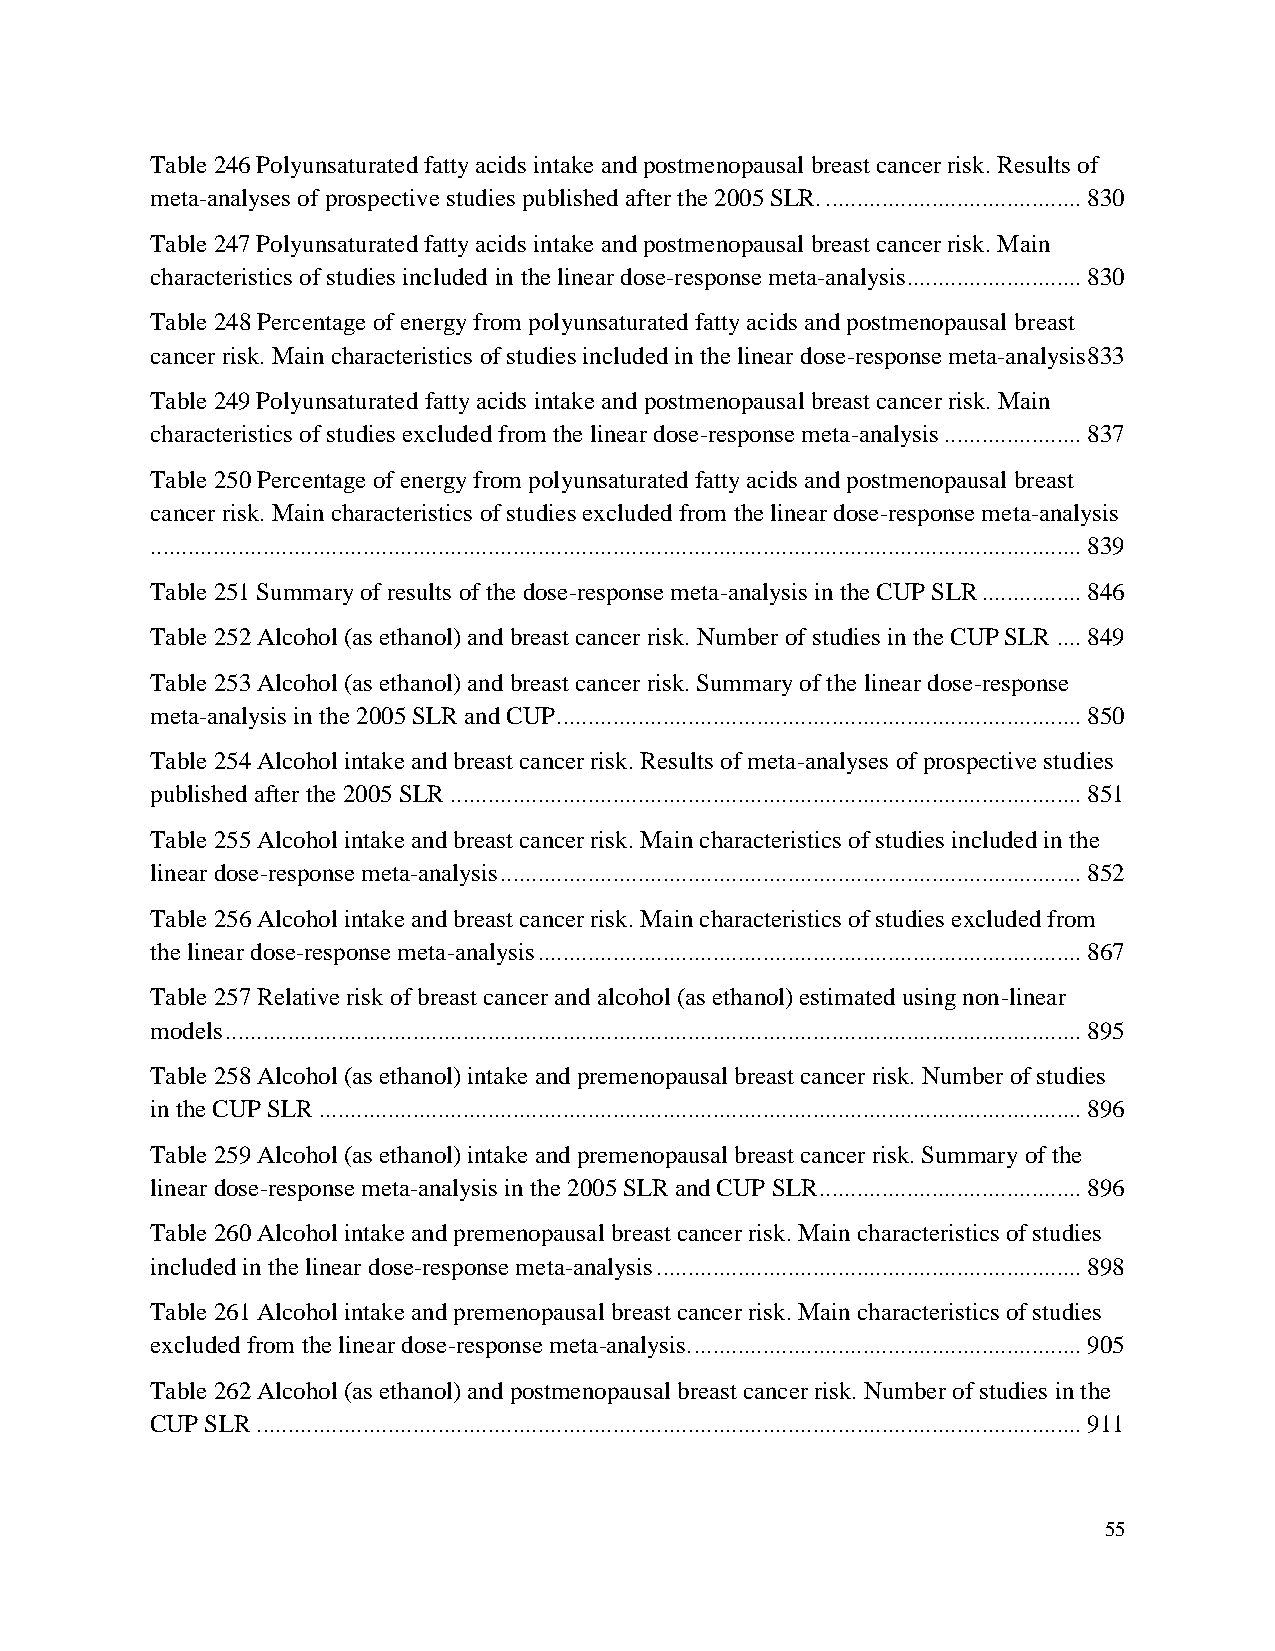
Table 246 Polyunsaturated fatty acids intake and postmenopausal breast cancer risk. Results of
 meta-analyses of prospective studies published after the 2005 SLR. ......................................... 830
 Table 247 Polyunsaturated fatty acids intake and postmenopausal breast cancer risk. Main
 characteristics of studies included in the linear dose-response meta-analysis ............................ 830
 Table 248 Percentage of energy from polyunsaturated fatty acids and postmenopausal breast
 cancer risk. Main characteristics of studies included in the linear dose-response meta-analysis 833
 Table 249 Polyunsaturated fatty acids intake and postmenopausal breast cancer risk. Main
 characteristics of studies excluded from the linear dose-response meta-analysis ...................... 837
 Table 250 Percentage of energy from polyunsaturated fatty acids and postmenopausal breast
 cancer risk. Main characteristics of studies excluded from the linear dose-response meta-analysis
 ..................................................................................................................................................... 839
 Table 251 Summary of results of the dose-response meta-analysis in the CUP SLR ................ 846
 Table 252 Alcohol (as ethanol) and breast cancer risk. Number of studies in the CUP SLR .... 849
 Table 253 Alcohol (as ethanol) and breast cancer risk. Summary of the linear dose-response
 meta-analysis in the 2005 SLR and CUP .................................................................................... 850
 Table 254 Alcohol intake and breast cancer risk. Results of meta-analyses of prospective studies
 published after the 2005 SLR ..................................................................................................... 851
 Table 255 Alcohol intake and breast cancer risk. Main characteristics of studies included in the
 linear dose-response meta-analysis ............................................................................................. 852
 Table 256 Alcohol intake and breast cancer risk. Main characteristics of studies excluded from
 the linear dose-response meta-analysis ....................................................................................... 867
 Table 257 Relative risk of breast cancer and alcohol (as ethanol) estimated using non-linear
 models ......................................................................................................................................... 895
 Table 258 Alcohol (as ethanol) intake and premenopausal breast cancer risk. Number of studies
 in the CUP SLR .......................................................................................................................... 896
 Table 259 Alcohol (as ethanol) intake and premenopausal breast cancer risk. Summary of the
 linear dose-response meta-analysis in the 2005 SLR and CUP SLR .......................................... 896
 Table 260 Alcohol intake and premenopausal breast cancer risk. Main characteristics of studies
 included in the linear dose-response meta-analysis .................................................................... 898
 Table 261 Alcohol intake and premenopausal breast cancer risk. Main characteristics of studies
 excluded from the linear dose-response meta-analysis. .............................................................. 905
 Table 262 Alcohol (as ethanol) and postmenopausal breast cancer risk. Number of studies in the
 CUP SLR .................................................................................................................................... 911
 55